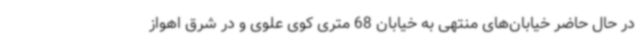
در حال حاضر خیابان‌های منتهی به خیابان 68 متری کوی علوی و در شرق اهواز